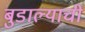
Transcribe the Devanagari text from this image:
बुडाल्याची